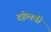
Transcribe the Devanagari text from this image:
दहेलवी